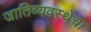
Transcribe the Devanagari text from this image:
जातिव्यवस्थेचा